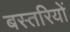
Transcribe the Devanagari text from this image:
बस्तरियों